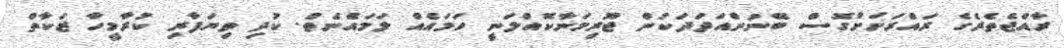
ރާއްޖެތެރެގެ ރައްރަށަށްގޮސް ބޭނުންއަދަދަކުން ޖޫރިމަނާކޮއްލަނީ ހަމައެއް ލަމައެްނެތް. ކުދި ވިޔަފާރި ކުރާމީހާ ޒަކާތް